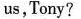
us,Tony?